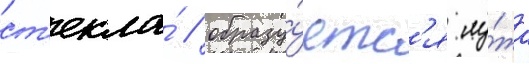
ст'екла́ / образу́етс'я лу́жа